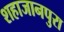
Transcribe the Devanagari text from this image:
शहाजानपुरा